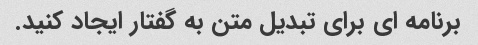
برنامه ای برای تبدیل متن به گفتار ایجاد کنید.